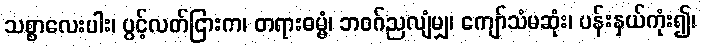
သစ္စာလေးပါး၊ ပွင့်လတ်ငြားက၊ တရားဓမ္မံ၊ ဘဝဂ်ညလျံမျှ၊ ကျော်သံမဆုံး၊ ပန်းနှယ်ကုံး၍၊